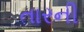
તારની